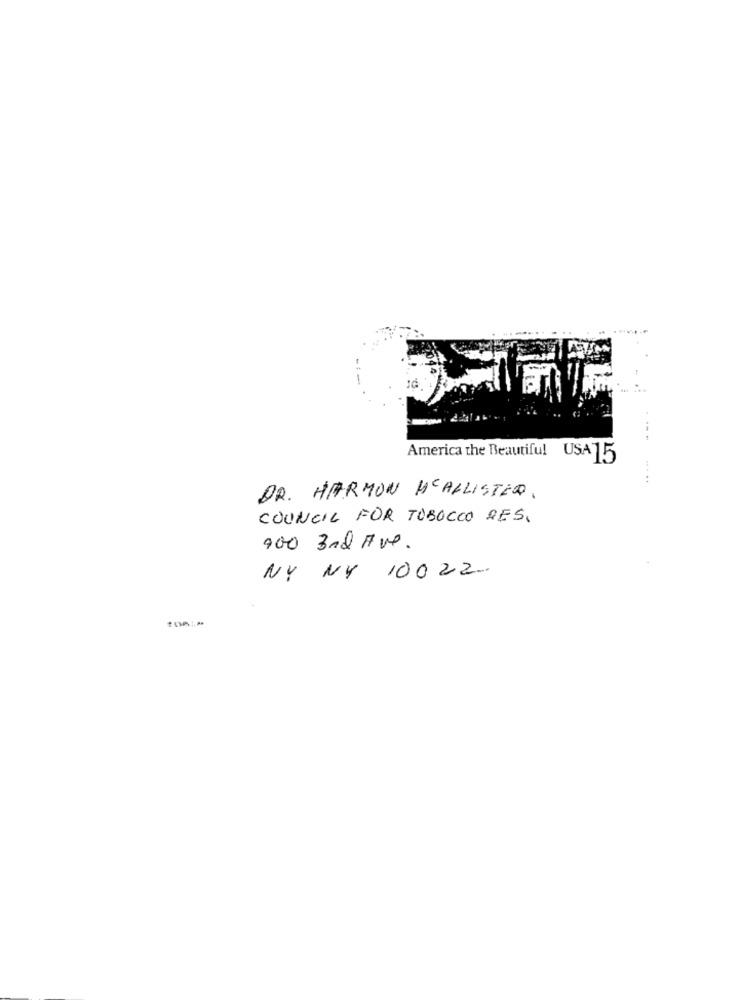
America the Beautiful USA 15
.....
DR. HARMON MCALLISTER.
COUNCIL FOR TOBOCCO DES.
900 3rd Ave.
NY NY 10022.